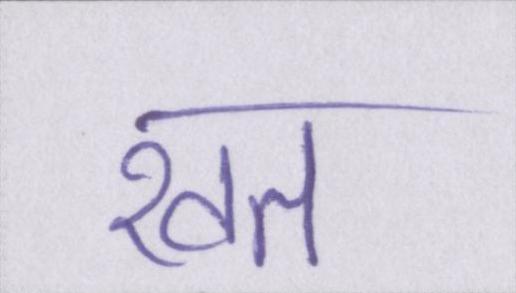
खत